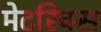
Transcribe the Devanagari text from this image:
मेटरिक्स